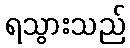
ရသွားသည်